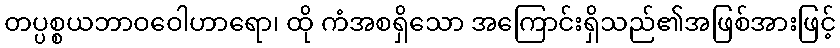
တပ္ပစ္စယဘာဝဝေါဟာရော၊ ထို ကံအစရှိသော အကြောင်းရှိသည်၏အဖြစ်အားဖြင့်